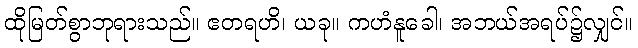
ထိုမြတ်စွာဘုရားသည်။ ဧတရဟိ၊ ယခု။ ကဟံနူခေါ၊ အဘယ်အရပ်၌လျှင်။